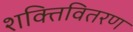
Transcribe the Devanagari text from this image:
शक्तिवितरण